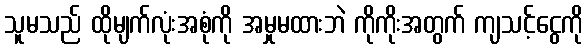
သူမသည် ထိုမျက်လုံးအစုံကို အမှုမထားဘဲ ကိုကိုးအတွက် ကျသင့်ငွေကို